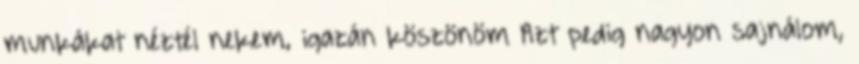
munkákat néztél nekem, igazán köszönöm Azt pedig nagyon sajnálom,